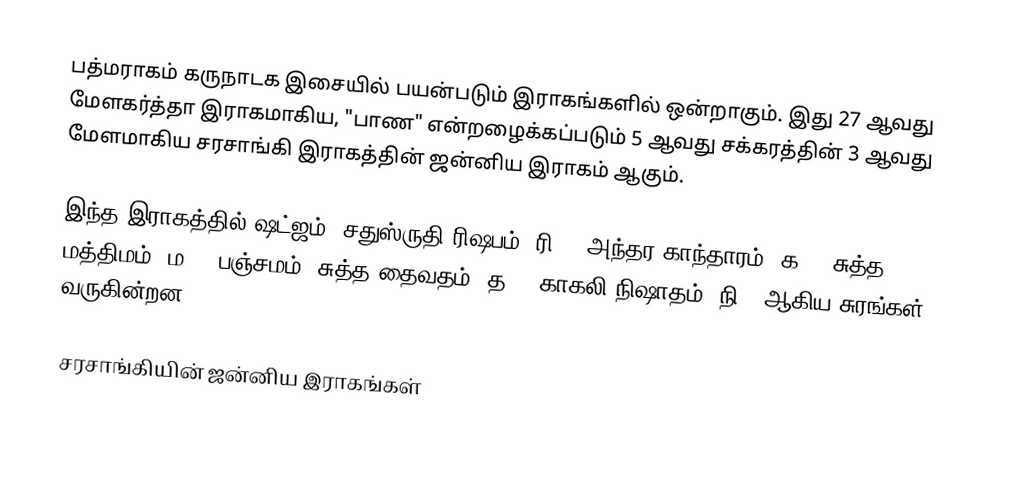
பத்மராகம் கருநாடக இசையில் பயன்படும் இராகங்களில் ஒன்றாகும். இது 27 ஆவது மேளகர்த்தா இராகமாகிய, "பாண" என்றழைக்கப்படும் 5 ஆவது சக்கரத்தின் 3 ஆவது மேளமாகிய சரசாங்கி இராகத்தின் ஜன்னிய இராகம் ஆகும்.

இந்த இராகத்தில் ஷட்ஜம், சதுஸ்ருதி ரிஷபம் (ரி2),  அந்தர காந்தாரம் (க3), சுத்த மத்திமம் (ம1), பஞ்சமம், சுத்த தைவதம் (த1), காகலி நிஷாதம்  (நி3) ஆகிய சுரங்கள் வருகின்றன.

சரசாங்கியின் ஜன்னிய இராகங்கள்